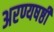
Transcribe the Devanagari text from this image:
अरण्यषष्ठी